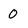
Character: 0